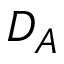
D _ { A }